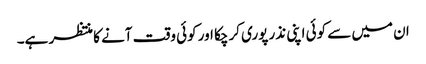
ان میں سے کوئی اپنی نذر پوری کرچکا اور کوئی وقت آنے کا منتظر ہے۔